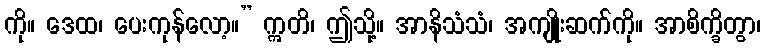
ကို။ ဒေထ၊ ပေးကုန်လော့။” ဣတိ၊ ဤသို့။ အာနိသံသံ၊ အကျိုးဆက်ကို။ အာစိက္ခိတွာ၊